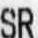
SR